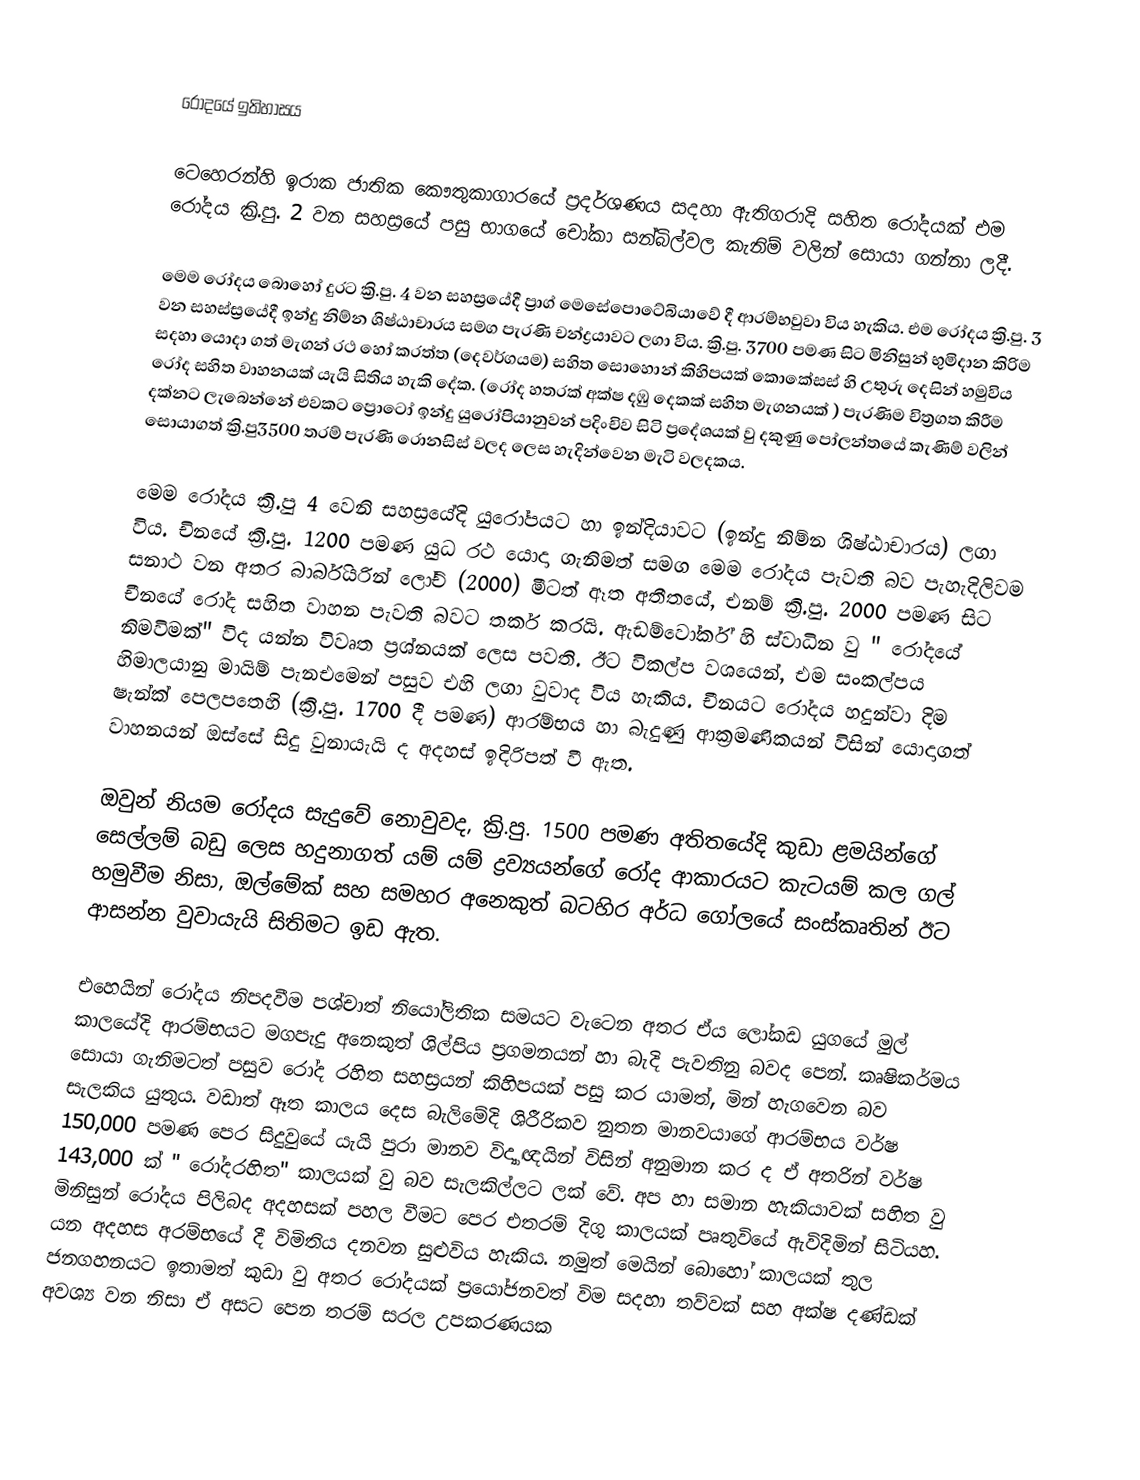

රෝදයේ ඉතිහාසය

ටෙහෙරන්හි ඉරාක ජාතික කෞතුකාගාරයේ ප්‍රදර්ශණය සදහා ඇතිගරාදි සහිත රෝදයක් එම රෝදය ක්‍රි.පු. 2 වන සහස්‍රයේ පසු භාගයේ චෝකා සන්බිල්වල කැනිම් වලින් සොයා ගන්නා ලදී.

මෙම රෝදය බොහෝ දුරට ක්‍රි.පු. 4 වන සහස්‍රයේදී ප්‍රාග් මෙසේපොටේබියාවේ දී ආරම්භවුවා විය හැකිය. එම රෝදය ක්‍රි.පු. 3 වන සහස්ස්‍රයේදී ඉන්දු නිම්න ශිෂ්ඨාචාරය සමග පැරණි චන්ද්‍රයාවට ලගා විය. ක්‍රි.පු. 3700 පමණ සිට මිනිසුන් භුමිදාන කිරිම සදහා යොදා ගත් මැගන් රථ හෝ කරත්ත (දෙවර්ගයම) සහිත සොහොන් කිහිපයක් කොකේසස් හි උතුරු දෙසින් හමුවිය රෝද සහිත වාහනයක් යැයි සිතිය හැකි දේක. (රෝද හතරක් අක්ෂ දඹු දෙකක් සහිත මැගනයක් ) පැරණිම චිත්‍රගත කිරීම දක්නට ලැබෙන්නේ එවකට ප්‍රොටෝ ඉන්දු යුරෝපියානුවන් පදිංචිව සිටි ප්‍රදේශයක් වු දකුණු පෝලන්තයේ කැණිම් වලින් සොයාගත් ක්‍රි.පු3500 තරම් පැරණි රොනසිස් වලද ලෙස හැදින්වෙන මැටි වලදකය.

මෙම රෝදය ක්‍රි.පු 4 වෙනි සහස්‍ර‍යේදි යුරෝපයට හා ඉන්දියාවට (ඉන්දු නිම්න ශිෂ්ඨාචාරය) ලගා විය. චිනයේ ක්‍රි.පු. 1200 පමණ යුධ රථ යොදා ගැනිමත් සමග මෙම රෝදය පැවති බව පැහැදිලිවම සනාථ වන අතර බාර්බියරින් ලෝච් (2000) මීටත් ඈත අතීතයේ, එනම් ක්‍රි.පු. 2000 පමණ සිට චීනයේ රෝද සහිත වාහන පැවති බවට තර්ක කරයි.  ඇඩම්වෝර්ක් හි ස්වාධින වු " රෝදයේ නිමවිමක්" විද යන්න විවෘත ප්‍රශ්නයක් ලෙස පවති. ඊට විකල්ප වශයෙන්, එම සංකල්පය හිමාලයානු මායිම් පැනඑමෙන් පසුව එහි ලගා වුවාද විය හැකිය. චීනයට රෝදය හදුන්වා දිම ෂැන්ක් පෙලපතෙහි (ක්‍රි.පු. 1700 දී පමණ) ආරම්භය හා බැදුණු ආක්‍රමණිකයන් විසින් යොදාගත් වාහනයන් ඔස්සේ සිදු වුනායැයි ද අදහස් ඉදිරිපත් වී ඇත.

ඔවුන් නියම රෝදය සැදුවේ නොවුවද, ක්‍රි.පු. 1500 පමණ අතිතයේදි කුඩා ළමයින්ගේ සෙල්ලම් බඩු ලෙස හදුනාගත් යම් යම් ද්‍රව්‍යයන්ගේ රෝද ආකාරයට කැටයම් කල ගල් හමුවීම නිසා, ඔල්මේක් සහ සමහර අනෙකුත් බටහිර අර්ධ ගෝලයේ සංස්කෘතින් ඊට ආසන්න වුවායැයි සිතිම‍ට ඉඩ ඇත.

එහෙයින් රෝදය නිපදවීම පශ්චාත් නියෝලිතික සමයට වැටෙන අතර ඒය ලෝකඩ යුගයේ මුල් කාලයේදි ආරම්භයට මගපැදු අනෙකුත් ශිල්පිය ප්‍රගමනයන් හා බැදි පැවතිනු බවද ‍පෙන්. කෘෂිකර්මය සොයා ගැනිමටත් පසුව රෝද රහිත සහස්‍රයන් කිහිපයක් පසු කර යාමත්, මින් හැ‍ගවෙන බව සැලකිය යුතුය. වඩාත් ඈත කාලය දෙස බැලිමේදි ශිරීරිකව නුතන මානවයාගේ ආරම්භය වර්ෂ 150,000 පමණ පෙර සිදුවු‍යේ යැයි පුරා මානව විද්‍යාඥයින් විසින් අනුමාන කර ද ඒ අතරින් වර්ෂ 143,000 ක් " රෝදරහිත" කාලයක් වු බව සැලකිල්ලට ලක් වේ. අප හා සමාන හැකියාවක් සහිත වු මිනිසුන් රෝදය පිලිබද අදහසක් පහල වීමට පෙර එතරම් දිගු කාලයක් පෘතුවියේ ඇවිදිමින් සිටියහ. යන අදහස අරම්භයේ දී විමිතිය දනවන සුළුවිය හැකිය.  නමුත් මෙයින් බොහෝ කාලයක් තුල ජනගහනයට ඉතාමත් කුඩා වු අතර රෝදයක් ප්‍ර‍යෝජනවත් විම සදහා තව්වක් සහ අක්ෂ දණ්ඩක් අවශ්‍ය වන නිසා ඒ අසට පෙන තරම් සරල උපකරණයක